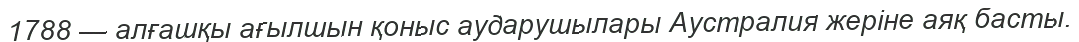
1788 — алғашқы ағылшын қоныс аударушылары Аустралия жеріне аяқ басты.